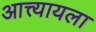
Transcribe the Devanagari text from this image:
आत्त्यायला